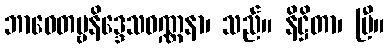
ဘာဝေတဗ္ဗနိဒ္ဒေသဝဏ္ဏနာ၊ သည်။ နိဋ္ဌိတာ၊ ပြီ။